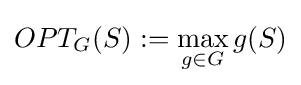
OPT_{G}(S):=\max _{g\in G}g(S)